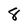
Character: 8